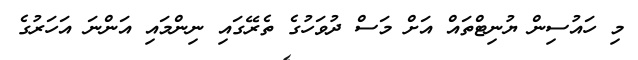
މި ހައުސިން ޔުނިޓްތައް އަށް މަސް ދުވަހުގެ ތެރޭގައި ނިންމައި އަންނަ އަހަރުގެ